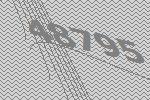
48795